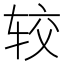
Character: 较